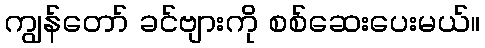
ကျွန်တော် ခင်ဗျားကို စစ်ဆေးပေးမယ်။